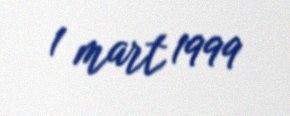
1 mart 1999